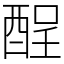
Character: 酲